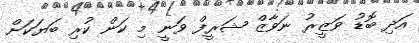
އަދި ބޮޑު ވަޒީރު ނަވާޒް ޝަރީފް ވަނީ މި ކަން ކުރި ބަޔަކަށް